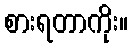
စားရတာကိုး။